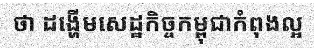
ថា ដង្ហើមសេដ្ឋកិច្ចកម្ពុជាកំពុងល្អ